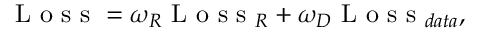
\mathrm { ~ L ~ o ~ s ~ s ~ } = \omega _ { R } \mathrm { ~ L ~ o ~ s ~ s ~ } _ { R } + \omega _ { D } \mathrm { ~ L ~ o ~ s ~ s ~ } _ { d a t a } ,